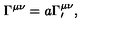
\Gamma ^ { \mu \nu } = a \Gamma _ { \prime } ^ { \mu \nu } ,